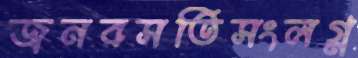
জনবসতিসংলগ্ন